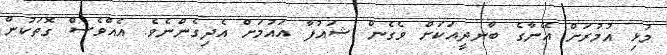
މުޅި އުމުރަށް އޭނާގެ ބާނދީއަކަށް ވެގެން ޝައުފާ އައުމަށް އެދިގެންނެވެ. އެއްވެސް ގޮތަކުން